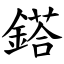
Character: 鎝